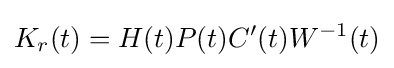
K_{r}(t)=H(t)P(t)C'(t)W^{-1}(t)